Annual report on the lock hospitals of the Madras Presidency
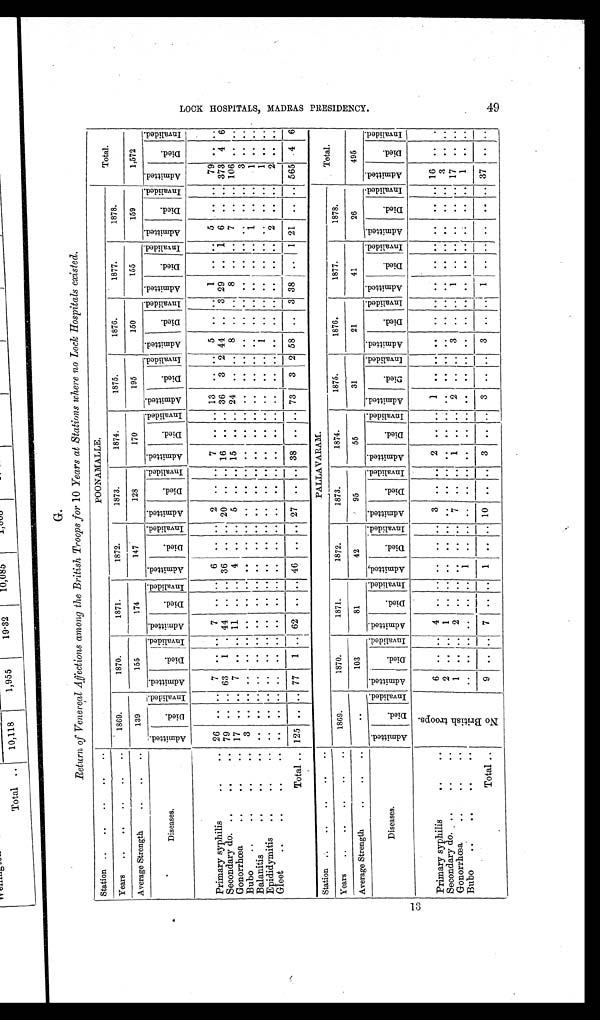
G.
Return of Venereal Affections among the British Troops for 10 Years at Stations where no Lock Hospitals existed.
LOCK HOSPITALS, MADRAS PRESIDENCY.
49
Station ..
..
..
..
..
POONAMALLE.
Total.
Years
..
..
..
..
..
1869.
1870.
1871.
1872.
1873.
1874.
1875.
1876.
1877.
1878.
Average Strength
..
..
..
139
155
174
147
128
170
195
150
155
159
1,572
Diseases.
A d m i t t e d .
Di ed.
I n v a l i d e d A d m i t t e d .
D i e d .
I nval i ded. A d m i t t e d .
D i e d
I n v a l i d e d
Admi t t ed.
Di e d
I nval i ded A d m i t t e d .
D i e d
I nv ai l ded A d m i t t e d .
Di e d
I n v a l i d e d A d m i t t e d .
D i e d .
I nv al i ded. A d m i t t e d .
D i e d .
I n v a l i d e d . A d m i t t e d .
D i e d .
I nv al i ded. A d m i t t e d .
Di e d .
I n v a l i d e d . A d m i t t e d .
D i e d .
I nval i ded.
Primary syphilis
..
. . 26 .. .. 7 .. .. 7 .. .. 6 .. .. 2 .. .. 7 .. .. 13 .. .. 5 .. ..
1 .. .. 5
..
.. 79
. . . .
Secondary do. ..
..
.. 79 .. .. 63
1 .. 44 .. .. 36 .. .. 20 .. .. 16 .. .. 36
3 2 44 .. 3 29 .. 1 6 .. .. 373 4 6
Gonorrhœa
..
..
. . 17
. . .. 7
..
. . 11
..
. . 4
..
. . 5
. .
. . 15
..
. . 24
. .
. . 8 ..
. . 8 .. .. 7 .. .. 106 .. ..
Bubo
..
..
..
. .
3
. . . . .. ..
. .
..
..
. .
. . ..
. .
. .
. . . .
. . ..
. . . .
. . . .
..
..
. .
. . ..
. .
. . ..
. .
3 ..
. .
Balanitis
..
..
.. ..
. .
. . .. ..
. .
..
..
. .
. . ..
. .
. .
. . . .
. . ..
. . . .
. . . .
..
..
. .
. . ..
. .
1 ..
. .
1 .. ..
Epididymitis
..
..
. . . .
. . . . .. ..
. .
..
..
. .
. . ..
. .
. .
. . . .
. . ..
. . . .
. . . . 1
.. . .
. .
. . . .
. . ..
. .
1 ..
. .
Gleet
..
..
..
..
. . . . .. ..
. .
..
..
. .
. . ..
. .
. .
. . . .
. . ..
. . . .
. . . .
..
..
. .
. .
..
. . 2 ..
. .
2 ..
. .
Total .. 125 .. .. 77
1 .. 62 .. .. 46 .. .. 27 .. .. 38
..
. .73
3 2 58 .. 3 38
.. 1 21 .. .. 565 4 6
Station
..
..
..
. .
PALLAVARAM.
Total.
Years
..
..
..
..
. .
1869.
1870.
1871.
1872.
1873.
1874.
1875.
1876.
1877.
1878.
Average Strength
..
..
..
..
103
81
42
95
55
31
21
41
26
495
Diseases.
A d m i t t e d .
D i e d .
I n v a l i d e d . A d m i t t e d .
D i e d .
I n v a l i d e d .
A d m i t t e d .
D i e d .
I n v a l i d e d . a d m i t t e d .
Di e d .
I n v a l i d e d .
A d m i t t e d .
D i e d .
I n v a l i d e d . A d m i t t e d .
D i e d .
I nv al i ded. A d m i t t e d .
D i e d .
I n v a l i d e d . A d m i t t e d .
D i e d
I n v a i l d e d . A d m i t t e d .
D i e d .
I n v a i l d e d . A d m i t t e d
Di e d
I nval i ded A d m i t t e d .
D i e d .
I n v a l i d e d .
Primary syphilis
..
..
N o B r i t i s h t r o o p s .
6 .. .. 4 .. .. .. .. .. 3 .. .. 2 .. .. 1
. .
..
. . ..
. . . .
. . . . . . ..
. .
1 6 ..
. .
Secondary do. ..
..
..
2
. . . .
1
..
. .
. . ..
. . . .
. . . .
. . ..
. .
. . .. ..
. . ..
. . . .
. . . . . . ..
. .
3 ..
. .
Gonorrhœa .. .. ..
1
. .
. .
2
..
. .
. . ..
. . 7
. .
. .
1 ..
. .
2
. .
..
3 .. .. 1 .. .. .. .. .. 17 ..
. .
Bubo
..
..
..
. .
. .
. . . .
..
..
. .
1 ..
. . . .
. .
. .
. . ..
. .
. .
. .
..
. . ..
. . . .
. . . . . . ..
. . 1 .. ..
Total ..
9 .. .. 7 .. .. 1 .. .. 10 .. .. 3 ..
. . 3 .. ..
3 ..
. . 1 .. .. ..
.. .. 37 .. ..